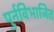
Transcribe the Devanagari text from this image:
पुर्नविभाजित